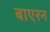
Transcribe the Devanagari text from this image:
बाएरन